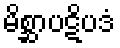
မိစ္ဆာပဋိပဒံ